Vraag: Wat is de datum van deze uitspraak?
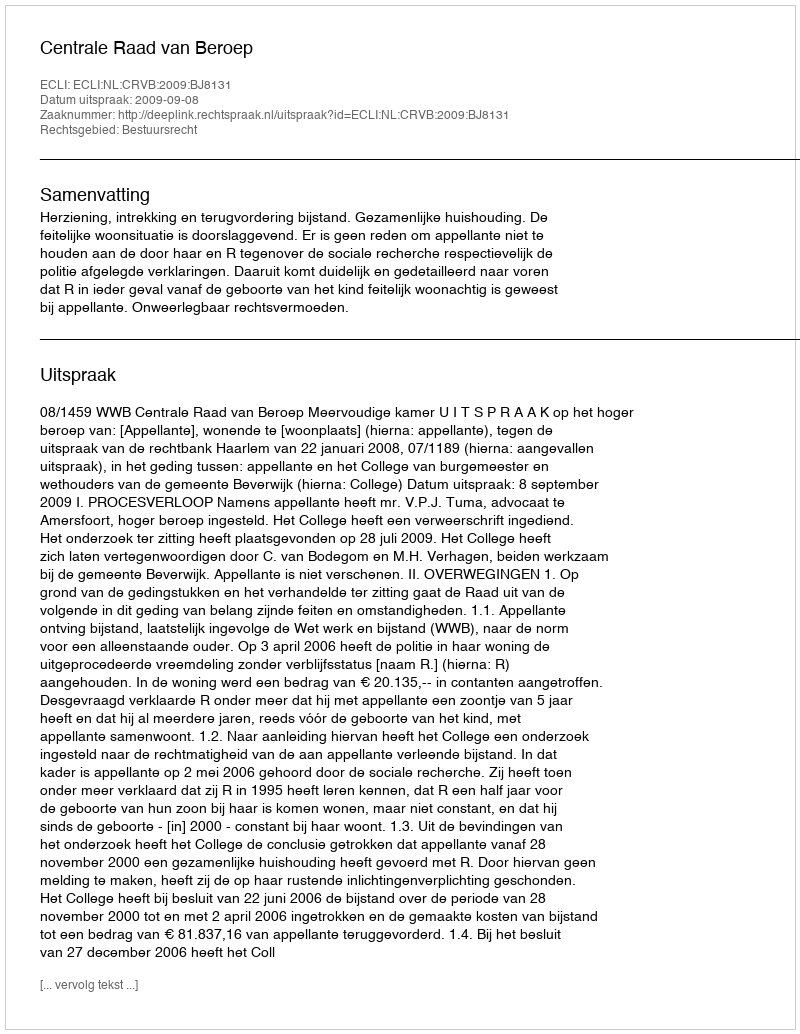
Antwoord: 2009-09-08